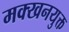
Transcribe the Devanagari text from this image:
मक्खनयुक्त